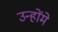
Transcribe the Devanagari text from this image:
उन्होंमे